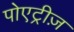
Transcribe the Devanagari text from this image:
पोएट्रीज़